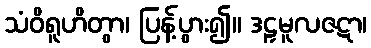
သံဝိရူဟိတွာ၊ ပြန့်ပွား၍။ ဒဠှမူလဇဋာ၊